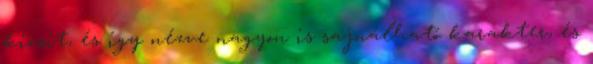
kicsit, és így nézve nagyon is sajnálható karakter, és